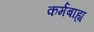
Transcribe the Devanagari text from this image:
कर्मबाह्य